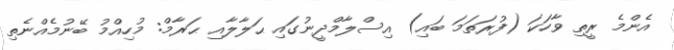
އެންމެ ރީތި ވާހަކަ (ފުރަތަމަ ބައި) އިސްލާމްދީނުގައި ޙަލާލާއި ޙަރާމް: މުހިއްމު ބޭނުމެއްނެތި